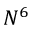
N ^ { 6 }